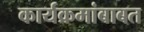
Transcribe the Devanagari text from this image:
कार्यक्रमांबाबत